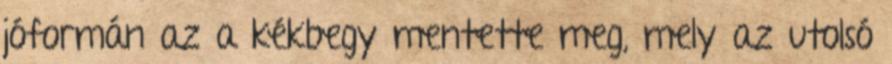
jóformán az a kékbegy mentette meg, mely az utolsó